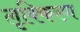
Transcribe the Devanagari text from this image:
लृक्किरण